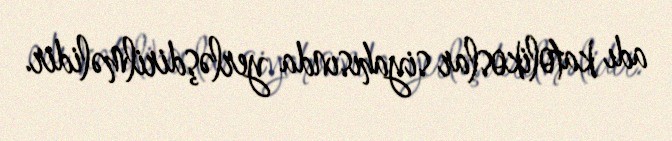
adı katolikoslar siyahısında yerləşdirilməlidir.